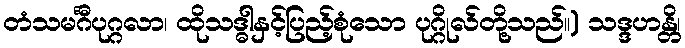
တံသမင်္ဂီပုဂ္ဂလာ၊ ထိုသဒ္ဓါနှင့်ပြည့်စုံသော ပုဂ္ဂိုလ်တို့သည်။) သဒ္ဒဟန္တိ၊